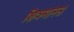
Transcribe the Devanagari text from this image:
शिवमानस